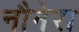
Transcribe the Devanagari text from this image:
नौनेरा